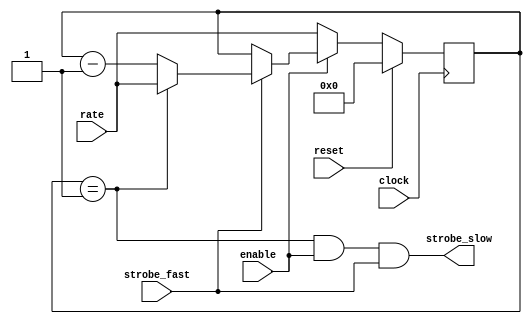
//
//  USRP2 - Universal Software Radio Peripheral Mk II
//
//  Copyright (C) 2008 Matt Ettus
//
//  This program is free software; you can redistribute it and/or modify
//  it under the terms of the GNU General Public License as published by
//  the Free Software Foundation; either version 2 of the License, or
//  (at your option) any later version.
//
//  This program is distributed in the hope that it will be useful,
//  but WITHOUT ANY WARRANTY; without even the implied warranty of
//  MERCHANTABILITY or FITNESS FOR A PARTICULAR PURPOSE.  See the
//  GNU General Public License for more details.
//
//  You should have received a copy of the GNU General Public License
//  along with this program; if not, write to the Free Software
//  Foundation, Inc., 51 Franklin Street, Boston, MA  02110-1301  USA
//

module cic_strober
  #(parameter WIDTH=8)
    ( input clock,
      input reset,
      input enable,
      input [WIDTH-1:0] rate, // Rate should EQUAL to your desired divide ratio, no more -1 BS
      input strobe_fast,
      output wire strobe_slow );
   
   reg [WIDTH-1:0] counter;
   wire      now = (counter==1);
   assign    strobe_slow = now && enable && strobe_fast;
   
   always @(posedge clock)
     if(reset)
       counter <= 0; 
     else if (~enable)
       counter <= rate;
     else if(strobe_fast)
       if(now)
	 counter <= rate;
       else 
	 counter <= counter - 1;
   
endmodule // cic_strober